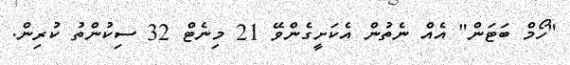
"ހޯމް ބަޓަން" އެއް ނެތުން އެކަށީގެންވޭ 21 މިނެޓް 32 ސިކުންތު ކުރިން.